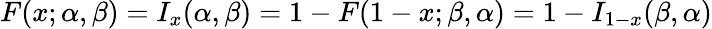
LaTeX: F(x;\alpha,\beta)=I_{x}(\alpha,\beta)=1-F(1-x;\beta,\alpha)=1-I_{1-x}(\beta,\alpha)